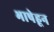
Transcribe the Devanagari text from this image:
भाषेहून